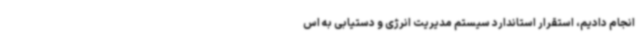
انجام دادیم، استقرار استاندارد سیستم مدیریت انرژی و دستیابی به اس